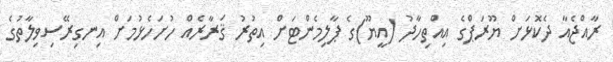
ރާއްޖެއާ ދެކޮޅަށް ޔޫރަޕްގެ އިއްތިހާދު (އީޔޫ)ގެ ޕާލިމެންޓަށް އިތުރު ޤަރާރެއް ހުށަހެޅުމަށް އިނގިރޭސިވިލާތުގެ